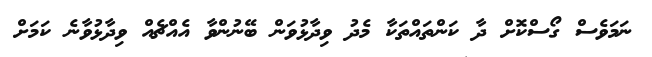
ނަމަވެސް ގޯސްކޮށް ދާ ކަންތައްތަކާ މެދު ވިދާޅުވަން ބޭނުންވާ އެއްޗެއް ވިދާޅުވާނެ ކަމަށް